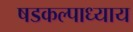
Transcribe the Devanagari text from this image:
षडकल्पाध्याय